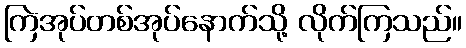
ကြဲအုပ်တစ်အုပ်နောက်သို့ လိုက်ကြသည်။